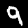
Label: 9